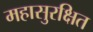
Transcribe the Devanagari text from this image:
महासुरक्षित